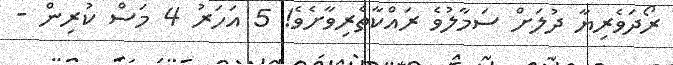
ރޯދަވެރިޔާ ދުލަށް ސަމާލުވެ ރައްކާތެރިވާށެވެ! 5 އަހަރު 4 މަސް ކުރިން -